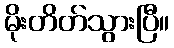
မိုးတိတ်သွားပြီ။